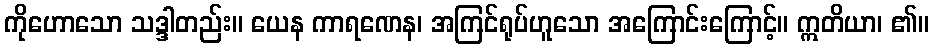
ကိုဟောသော သဒ္ဒါတည်း။ ယေန ကာရဏေန၊ အကြင်ရုပ်ဟူသော အကြောင်းကြောင့်။ ဣတိယာ၊ ၏။